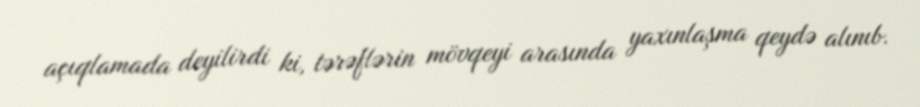
açıqlamada deyilirdi ki, tərəflərin mövqeyi arasında yaxınlaşma qeydə alınıb.